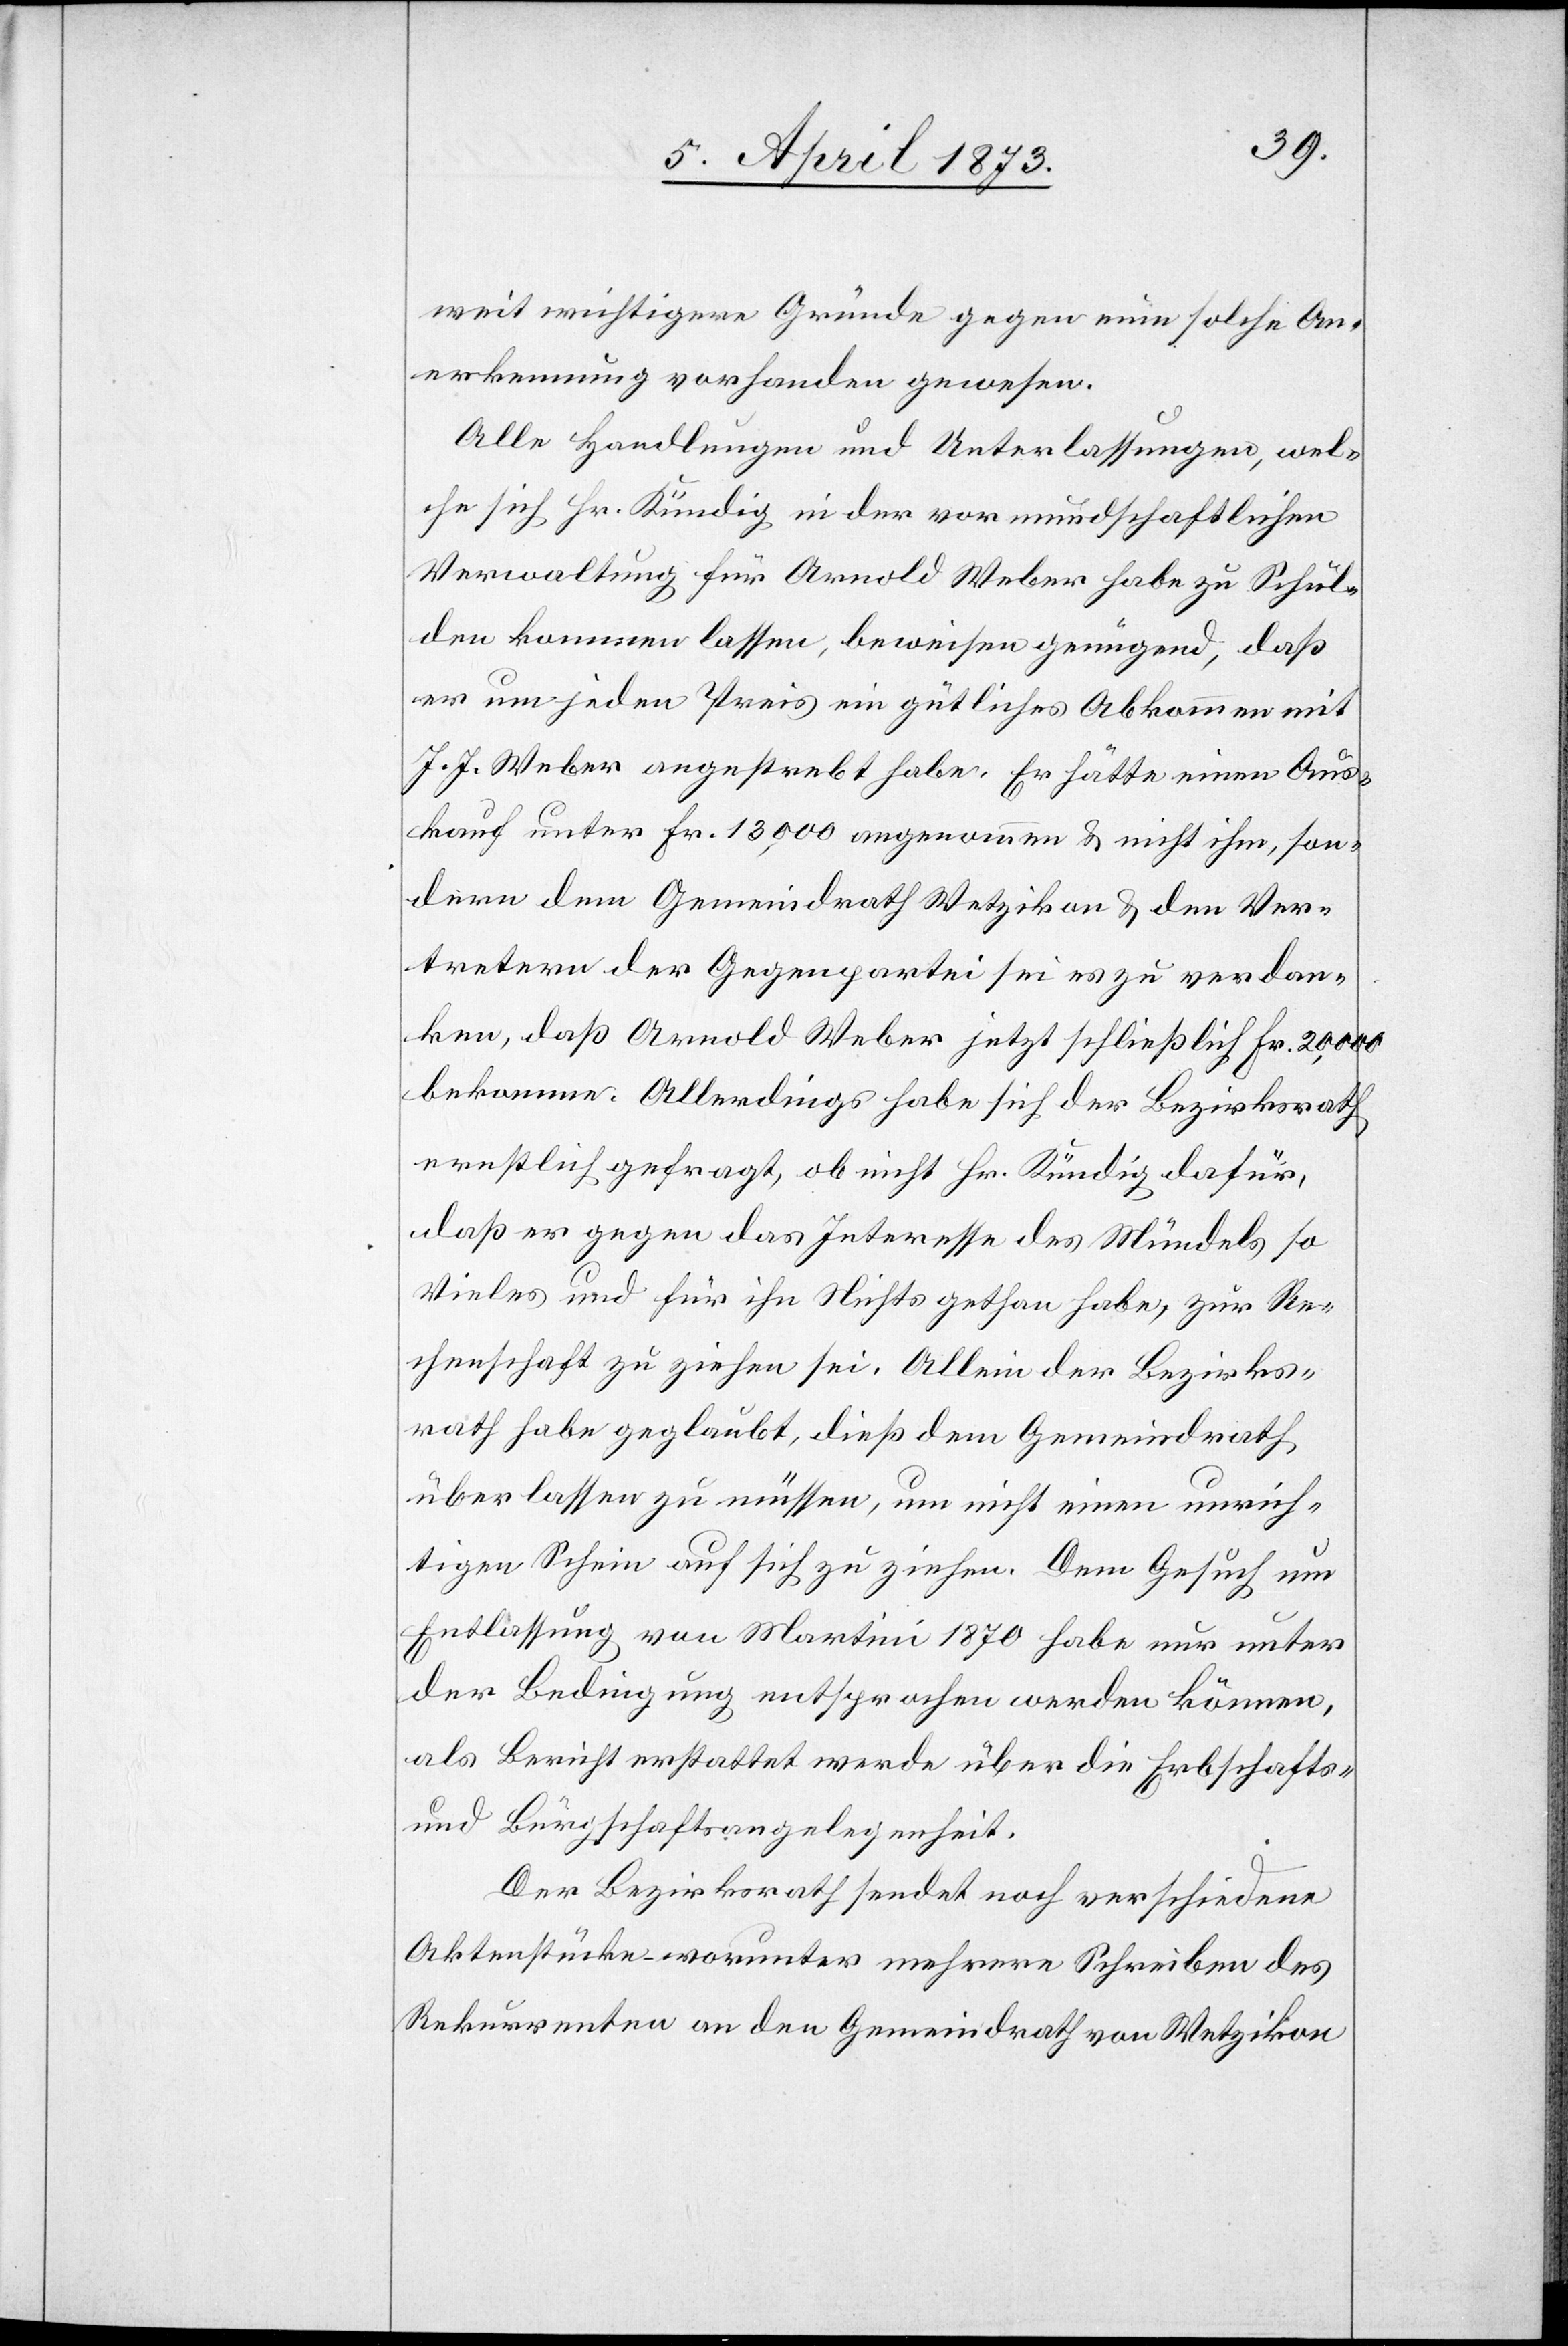
weit wichtigere Gründe gegen eine solche An¬
erkennung vorhanden gewesen.
Alle Handlungen und Unterlassungen, wel¬
che sich Hr. Kündig in der vormundschaftlichen
Verwaltung für Arnold Weber habe zu Schul¬
den kommen lassen, beweisen genügend, daß
er um jeden Preis ein gütliches Abkommen mit
J. J. Weber angestrebt habe. Er hätte einen Aus¬
kauf unter Fr. 13,000 angenommen u. nicht ihm, son¬
dern dem Gemeindrath Wetzikon u. den Ver¬
tretern der Gegenpartei sei es zu verdan¬
ken, daß Arnold Weber jetzt schließlich Fr. 20,000
bekomme. Allerdings habe sich der Bezirksrath
ernstlich gefragt, ob nicht Hr. Kündig dafür,
daß er gegen das Interesse des Mündels so
Vieles und für ihn Nichts gethan habe, zur Re¬
chenschaft zu ziehen sei. Allein der Bezirks¬
rath habe geglaubt, dieß dem Gemeindrath
überlassen zu müssen, um nicht einen unrich¬
tigen Schein auf sich zu ziehen. Dem Gesuch um
Entlassung von Martini 1870 habe nur unter
der Bedingung entsprochen werden können,
als Bericht erstattet werde über die Erbschafts-
und Bürgschaftsangelegenheit.
Der Bezirksrath sendet noch verschiedene
Aktenstücke – worunter mehrere Schreiben des
Rekurrenten an den Gemeindrath von Wetzikon